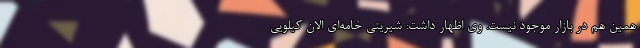
همین هم در بازار موجود نیست. وی اظهار داشت: شیرینی خامه‌ای الان کیلویی